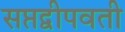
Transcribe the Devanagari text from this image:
सप्तद्वीपवती